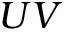
U V